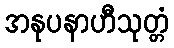
အနုပနာဟီသုတ္တံ